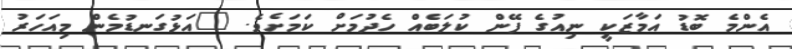
އެންމެ ބޮޑު އަމާޒަކީ ނިއުގެ ފޭން ކުލަބެއް ހެދުމަށް ކަމަށެވެ. "އަޅުގަނޑުމެން މިއަހަރު